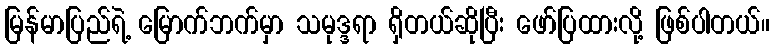
မြန်မာပြည်ရဲ့ မြောက်ဘက်မှာ သမုဒ္ဒရာ ရှိတယ်ဆိုပြီး ဖော်ပြထားလို့ ဖြစ်ပါတယ်။